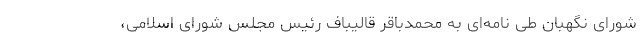
شورای نگهبان طی نامه‌ای به محمدباقر قالیباف رئیس مجلس شورای اسلامی،